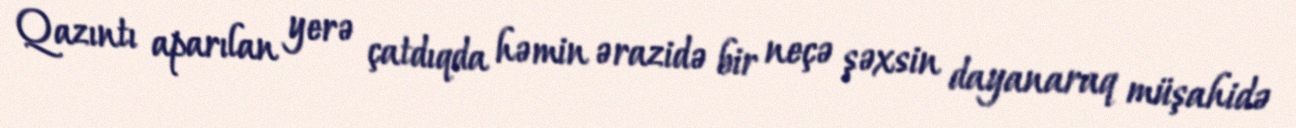
Qazıntı aparılan yerə çatdıqda həmin ərazidə bir neçə şəxsin dayanaraq müşahidə